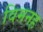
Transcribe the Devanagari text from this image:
विमनह